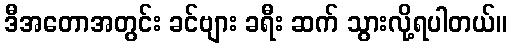
ဒီအတောအတွင်း ခင်ဗျား ခရီး ဆက် သွားလို့ရပါတယ်။